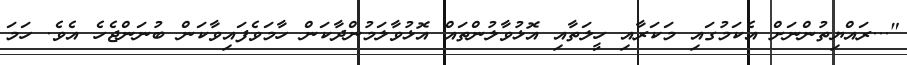
"...ރައްޔިތުންނަށް އެކަމުގައި މަކަރާއި ހީލަތާއި އޮޅުވާލުންތައް އޮޅުވާލަމުންދާކަން ހާމަވެފައިވާކަން ބުނަންޖެހެ އެވެ. ހަމަ